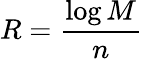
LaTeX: R={\frac{\log M}{n}}\,